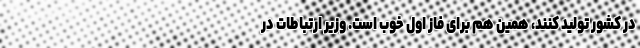
در کشور تولید کنند، همین هم برای فاز اول خوب است. وزیر ارتباطات در